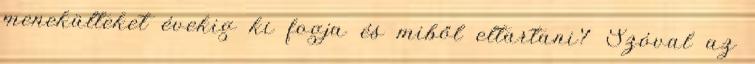
menekülteket évekig ki fogja és miből eltartani? Szóval az